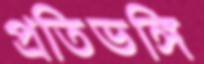
প্রতিভঙ্গি